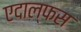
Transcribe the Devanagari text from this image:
एदाल्फस